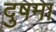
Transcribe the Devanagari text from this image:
दुषमा